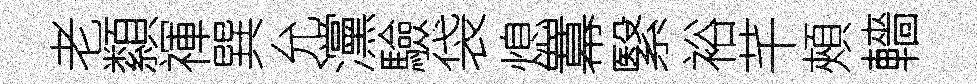
老纇禈巽允灙驗袋熄羃繄裕芊頰轖